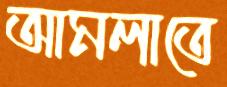
আমলাতে